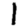
Digit: 1